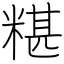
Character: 糂